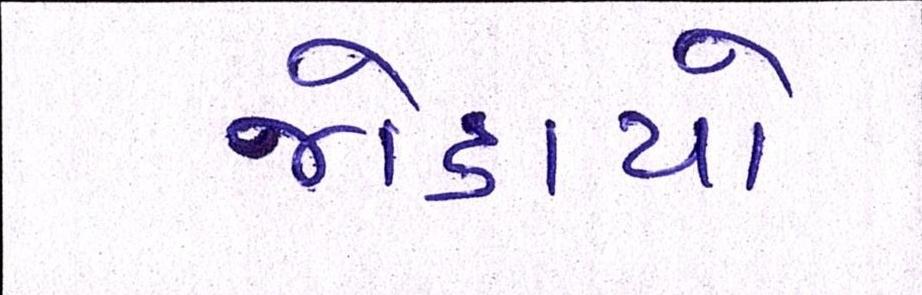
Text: જોડાયો